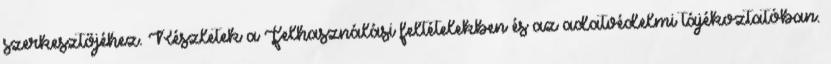
szerkesztőjéhez. Részletek a Felhasználási feltételekben és az adatvédelmi tájékoztatóban.